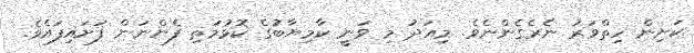
ކަށިން ހިތްވަރު ނެރެގެންނެވެ. މިއަދު މި ވަނީ ކާމިޔާބުގެ ކޮޅުމަތި ފެންނަން ފަށައިފައެވެ.